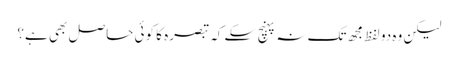
لیکن وہ دو لفظ مجھ تک نہ پہنچ سکے کہ تبصرہ کا کوئی حاصل بھی ہے؟